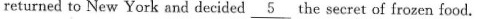
returnedto New York and decided \underline{5} the secret of frozen food.